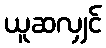
ယူဆလျှင်